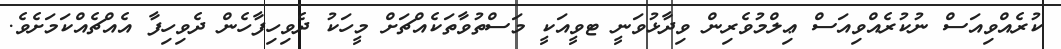
ކުރެއްވިއަސް ނުކުރެއްވިއަސް ޢިލްމުވެރިން ވިދާޅުވަނީ ޓވީއަކީ މަސްތުވާތަކެއްޗަށް މީހަކު ދެވިހިފާހެން ދެވިހިފާ އެއްޗެއްކަމަށެވެ.